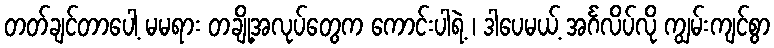
တတ်ချင်တာပေါ့ မမရား တချို့အလုပ်တွေက ကောင်းပါရဲ့ ၊ ဒါပေမယ့် အင်္ဂလိပ်လို ကျွမ်းကျင်စွာ